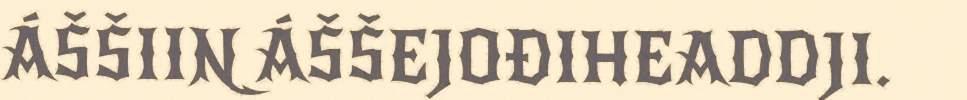
ÁŠŠIIN ÁŠŠEJOĐIHEADDJI.